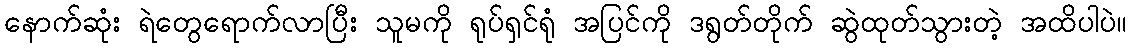
နောက်ဆုံး ရဲတွေရောက်လာပြီး သူမကို ရုပ်ရှင်ရုံ အပြင်ကို ဒရွတ်တိုက် ဆွဲထုတ်သွားတဲ့ အထိပါပဲ။